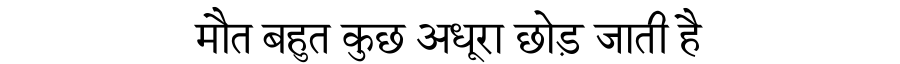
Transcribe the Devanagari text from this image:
मौत बहुत कुछ अधूरा छोड़ जाती है